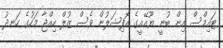
ޓައިމްސް އިން ބުނީ ޔޫއޭއީގެ އޮފިޝަލުން ވެސް ޒުލް ހިއްޖާ މަހުގެ ހަނދު